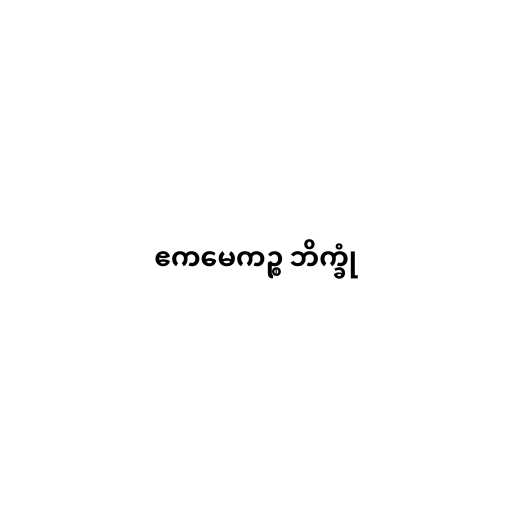
ဧကမေကဉ္စ ဘိက္ခုံ